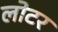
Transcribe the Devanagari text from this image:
लोटर